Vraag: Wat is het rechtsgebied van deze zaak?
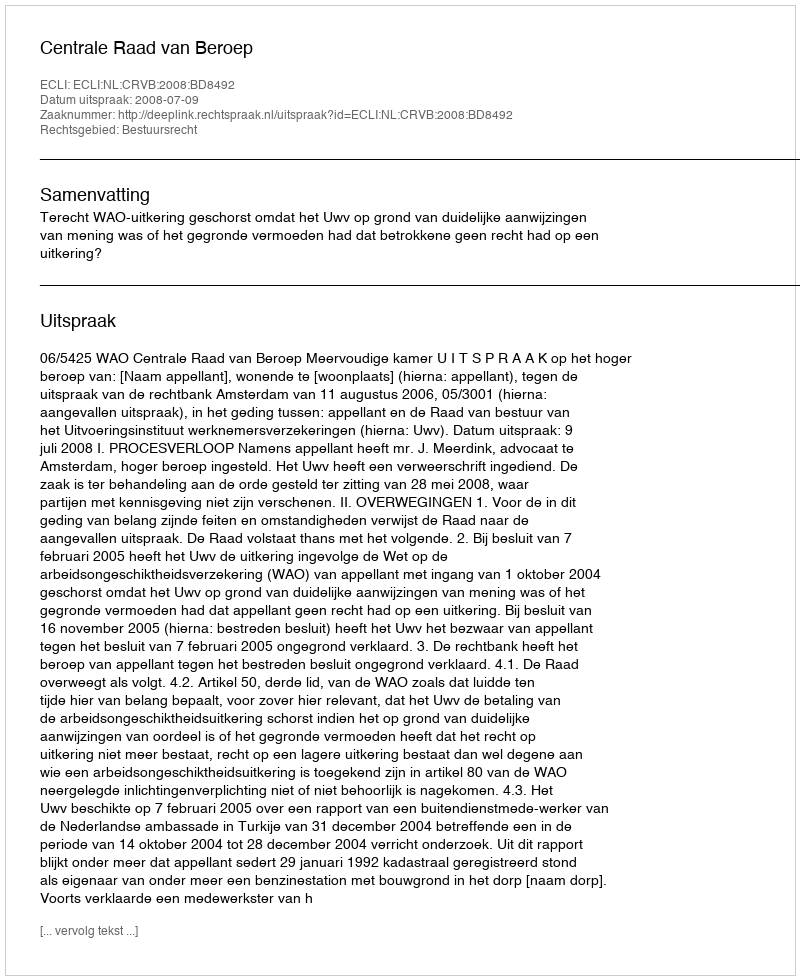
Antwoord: Bestuursrecht